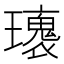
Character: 𤪿